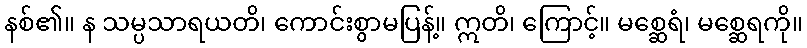
နစ်၏။ န သမ္ပသာရယတိ၊ ကောင်းစွာမပြန့်။ ဣတိ၊ ကြောင့်။ မစ္ဆေရံ၊ မစ္ဆေရကို။